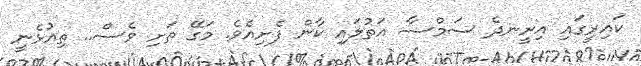
ކައިރީގައި އިށީނދެ ސަމްސާ އަތުލައި ކާން ފެށިއެވެ. މަގޭ ތަށި ވެސް.. ތިއުޅެނީ